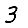
Digit: 3